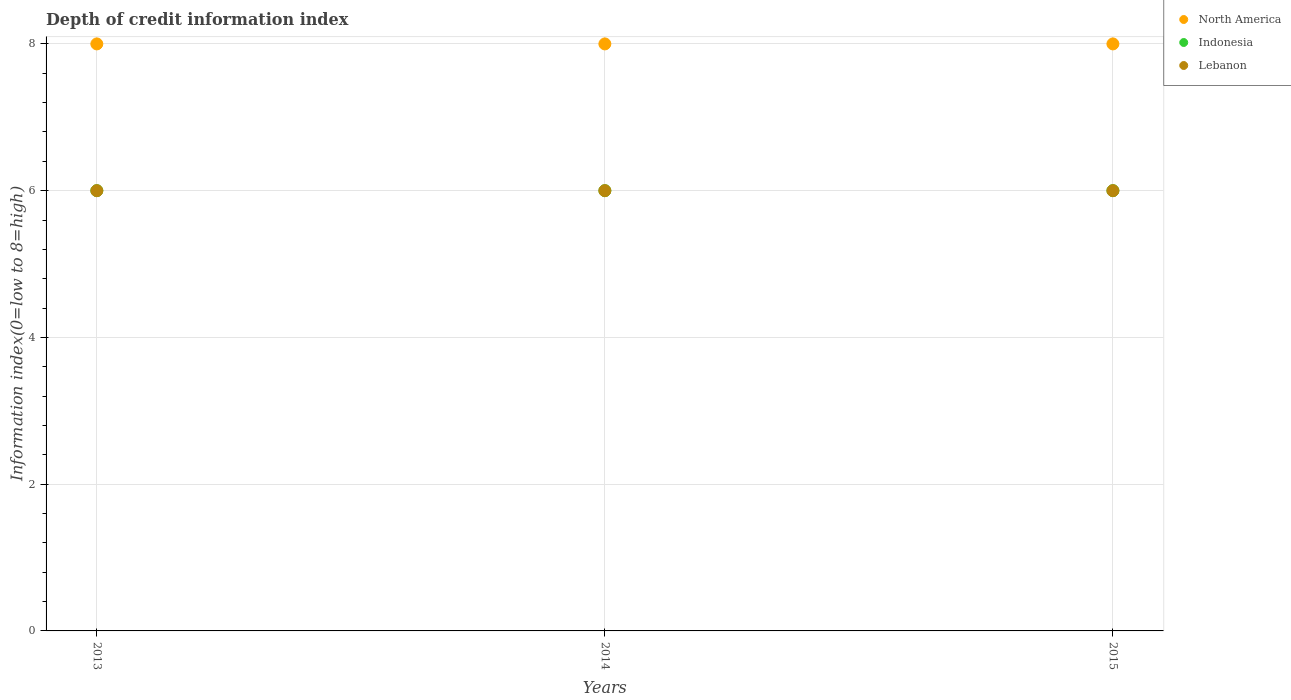
| Years | North America | Indonesia | Lebanon |
 | --- | --- | --- | --- |
 | 2013 | 8 | 6 | 6 |
 | 2014 | 8 | 6 | 6 |
 | 2015 | 8 | 6 | 6 |